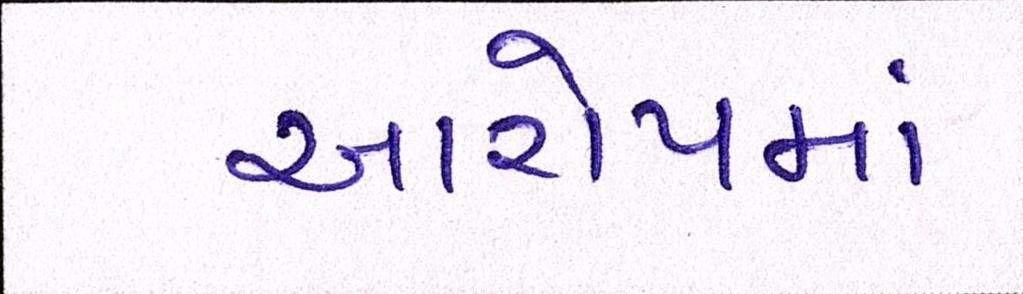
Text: આરોપમાં